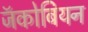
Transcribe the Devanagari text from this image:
जॅकोबियन